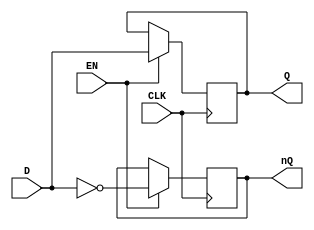
module dlatch(
    input D,
    input EN,
    input CLK,
    output reg Q,
    output reg nQ
);

always @(posedge CLK)
begin
    if(EN)
    begin
        Q <= D;
        nQ <= ~D;
    end
end

endmodule